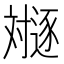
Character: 𬩛